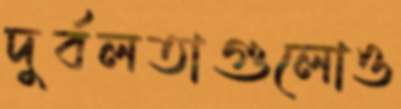
দুর্বলতাগুলোও